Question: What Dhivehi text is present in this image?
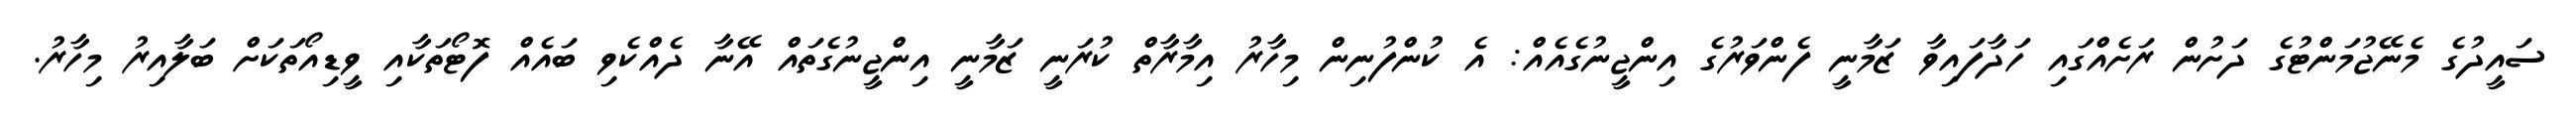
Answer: ސައީދުގެ މެނޭޖުމަންޓުގެ ދަށުން ރަށެއްގައި ހަދާފައިވާ ޒަމާނީ ފެންވަރުގެ އިންޖީނުގެއެއް: އެ ކުންފުނިން މިހާރު އިމާރާތް ކުރަނީ ޒަމާނީ އިންޖީނުގެތައް އޭނާ ދެއްކެވި ބައެއް ފޮޓޯތަކާއި ވީޑިއޯތަކަށް ބަލާއިރު މިހާރު.